Madras plague regulations in force outside the Presidency town - Volume 1
Disease focus: Plague
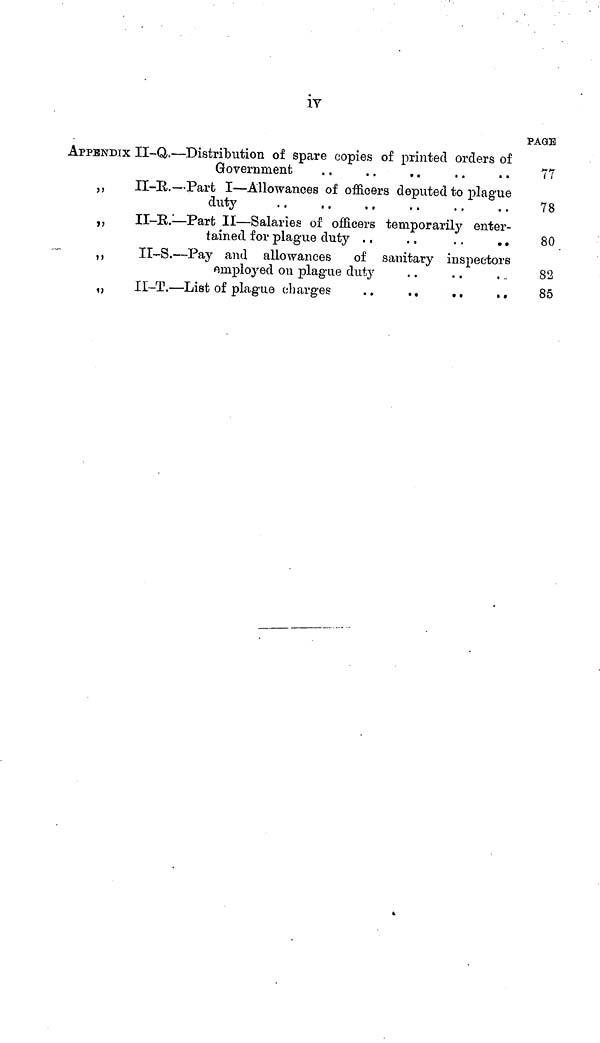
iv
APPENDIX
"
»
»
:
II-Q.
II-R.
II-R.
II-S..
II-T.-
— Distribution of spare copies of printed orders of
Government
—Part I — Allowances of officers deputed to plague
duty
— Part II — Salaries of officers temporarily enter-
tained for plague duty . ,
. .
. .
. .
— Pay and allowances of sanitary inspectors
employed on plague duty
— List of plague charges
..
.,
..
..
PAGE
77
78
80
82
85